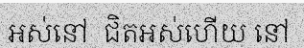
អស់នៅ  ជិតអស់ហើយ នៅ